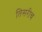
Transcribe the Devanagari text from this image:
तिसरीच